Rules and regulations of the Bombay Veterinary College
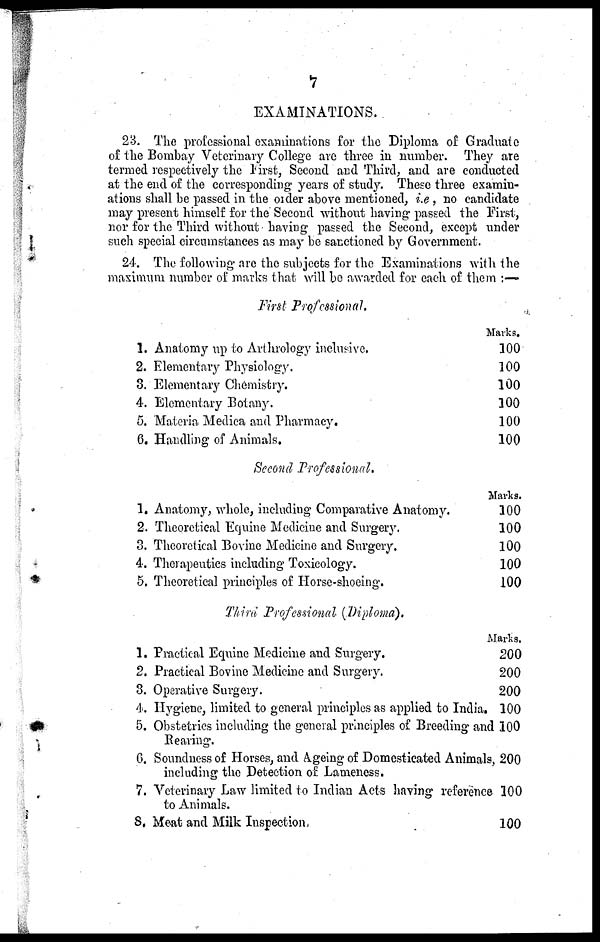
7
EXAMINATIONS.
23. The professional examinations for the Diploma of Graduate
of the Bombay Veterinary College are three in number. They are
termed respectively the First, Second and Third., and are conducted
at the end of the corresponding years of study. These three examin-
ations shall be passed in the order above mentioned, i.e, no candidate
may present himself for the Second without having passed the First,
nor for the Third without having passed the Second, except under
such special circumstances as may be sanctioned by Government.
24. The following are the subjects for the Examinations with the
maximum number of marks that will be awarded for each of them :-—
1.
2.
3.
4.
5.
6.
First Professional.
Anatomy up to Arthrology inclusive.
Elementary Physiology.
Elementary Chemistry.
Elementary Botany.
Materia Medica and Pharmacy.
Handling of Animals.
Second Professional.
Marks.
100
100
100
100
100
100
1.
2.
3.
4.
5.
1.
2.
3.
4.
5.
6.
7.
8.
Anatomy, whole, including Comparative Anatomy,
Theoretical Equine Medicine and Surgery.
Theoretical Bovine Medicine and Surgery.
Therapeutics including Toxicology.
Theoretical principles of Horse-shoeing.
Third Professional (Diploma).
Practical Equine Medicine and Surgery.
Practical Bovine Medicine and Surgery.
Operative Surgery.
Hygiene, limited to general principles as applied to India
Obstetrics including the general principles of Breeding and
Bearing.
Soundness of Horses, and Ageing of Domesticated Animals
including the Detection of Lameness.
Veterinary Law limited to Indian Acts having refereance
to Animals.
Meat and Milk Inspection
Marks.
100
100
100
100
100
Marks.
200
200
200
100
100
200
100
100